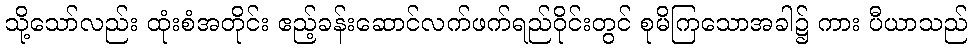
သို့သော်လည်း ထုံးစံအတိုင်း ဧည့်ခန်းဆောင်လက်ဖက်ရည်ဝိုင်းတွင် စုမိကြသောအခါ၌ ကား ပီယာသည်